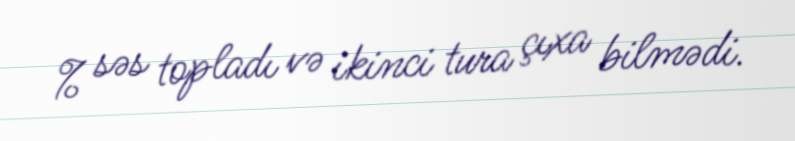
% səs topladı və ikinci tura çıxa bilmədi.